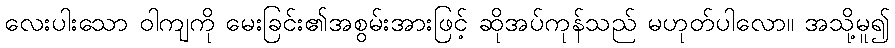
လေးပါးသော ဝါကျကို မေးခြင်း၏အစွမ်းအားဖြင့် ဆိုအပ်ကုန်သည် မဟုတ်ပါလော။ အသို့မူ၍